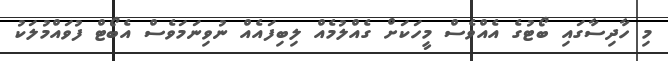
މި ހާދިސާގައި ބޯޓުގެ އެއްވެސް މީހަކަށް ގެއްލުމެއް ލިބިފައެއް ނުވިނަމަވެސް އެބޯޓް ފުވައްމުލަކު